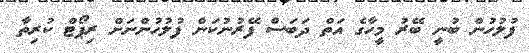
ފުލުހުން ބުނީ ބޭރު މީހާގެ އަތް ދަބަސް ފޭރުނުކަން ފުލުހުންނަށް ރިޕޯޓް ކުރިތާ